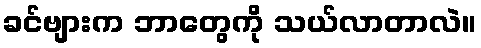
ခင်ဗျားက ဘာတွေကို သယ်လာတာလဲ။